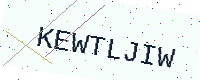
Text: KEWTLJIW